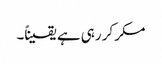
مکر کر رہی ہے یقیناً۔